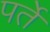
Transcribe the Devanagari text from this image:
पर्ते